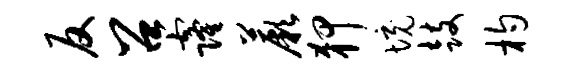
反召窿蕨狎境鼓杓